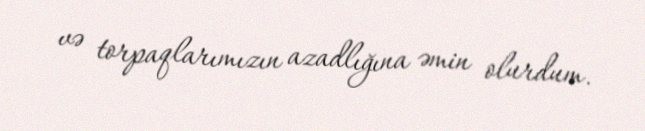
və torpaqlarımızın azadlığına əmin olurdum.